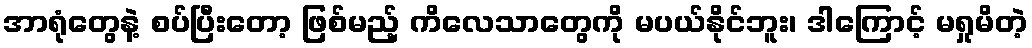
အာရုံတွေနဲ့ စပ်ပြီးတော့ ဖြစ်မည့် ကိလေသာတွေကို မပယ်နိုင်ဘူး၊ ဒါကြောင့် မရှုမိတဲ့